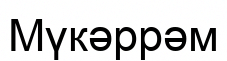
Мүкәррәм